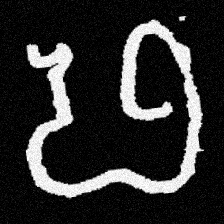
Pyu character \u2014 Myanmar letter: ဖ (romanized: pha)